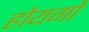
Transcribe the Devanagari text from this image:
होयगो